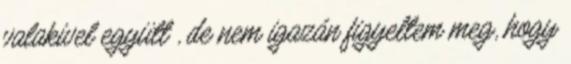
valakivel együtt , de nem igazán figyeltem meg, hogy